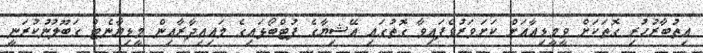
އިތުބާރުހުރި ގޮތަކަށް ވީމީޑިއާއަށް ކަށަވަރުވެފައިވާ ގޮތުގައި އޭޝިޔާގެ ފުޓްބޯޅައިގެ މައިއިދާރާއިން މީޑިޔާނެޓް ގަބޫލުނުކުރަނީ